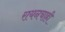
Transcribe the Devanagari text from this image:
रायनचाही